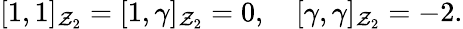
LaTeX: \lbrack1,1\rbrack_{\mathcal{Z}_{2}}=\lbrack1,\gamma\rbrack_{\mathcal{Z}_{2}}=0,\quad\lbrack\gamma,\gamma\rbrack_{\mathcal{Z}_{2}}=-2.